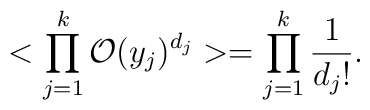
<\prod_{j=1}^{k}{\cal  O}(y_{j})^{d_{j}}>=\prod_{j=1}^{k}{\frac{1}{d_{j}!}}.